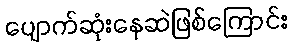
ပျောက်ဆုံးနေဆဲဖြစ်ကြောင်း